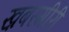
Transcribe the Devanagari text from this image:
ख़बरगीरी